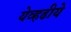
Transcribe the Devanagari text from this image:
येव्हढीये